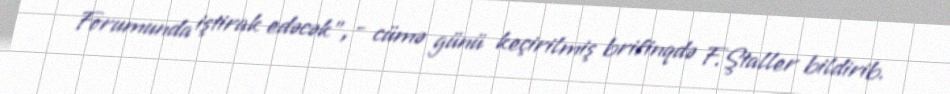
Forumunda iştirak edəcək”, - cümə günü keçirilmiş brifinqdə F.Ştaller bildirib.